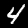
Label: 4